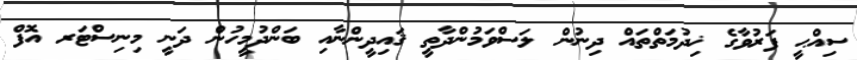
ސިއްޙީ ފަރުވާގެ ޚިދުމަތްތައް ދިނުން ލަސްވަމުންދާތީ ޤައިދީންނާއި ބަންދުމީހުން ދަނީ މިނިސްޓަރ އޮފް